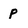
Character: p